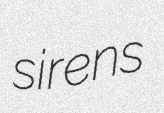
sirens